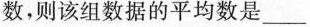
数，则该组数据的平均数是___。